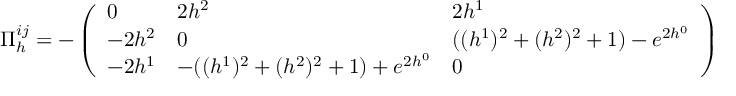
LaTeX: \Pi _ { h } ^ { i j } = - \left( \begin{array} { l l l } { { 0 } } & { { 2 h ^ { 2 } } } & { { 2 h ^ { 1 } } } \\ { { - 2 h ^ { 2 } } } & { { 0 } } & { { ( ( h ^ { 1 } ) ^ { 2 } + ( h ^ { 2 } ) ^ { 2 } + 1 ) - e ^ { 2 h ^ { 0 } } } } \\ { { - 2 h ^ { 1 } } } & { { - ( ( h ^ { 1 } ) ^ { 2 } + ( h ^ { 2 } ) ^ { 2 } + 1 ) + e ^ { 2 h ^ { 0 } } } } & { { 0 } } \end{array} \right)